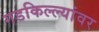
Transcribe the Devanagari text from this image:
गडकिल्ल्यांवर